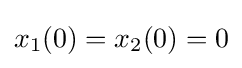
x_{1}(0)=x_{2}(0)=0